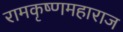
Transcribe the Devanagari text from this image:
रामकृष्णमहाराज